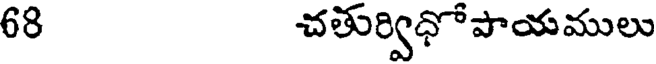
68 చతుర్విధోపాయములు